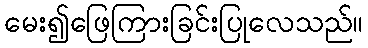
မေး၍ဖြေကြားခြင်းပြုလေသည်။